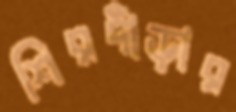
শিরদাঁড়ার